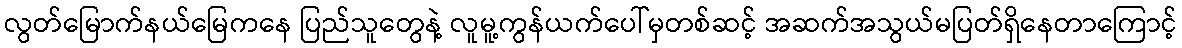
လွတ်မြောက်နယ်မြေကနေ ပြည်သူတွေနဲ့ လူမူ့ကွန်ယက်ပေါ်မှတစ်ဆင့် အဆက်အသွယ်မပြတ်ရှိနေတာကြောင့်